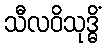
သီလဝိသုဒ္ဓိံ